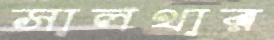
সালথার